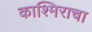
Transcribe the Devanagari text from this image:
काश्मिराचा